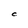
Character: C